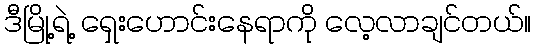
ဒီမြို့ရဲ့ ရှေးဟောင်းနေရာကို လေ့လာချင်တယ်။